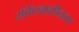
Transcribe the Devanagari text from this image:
संवेदनाशीलता